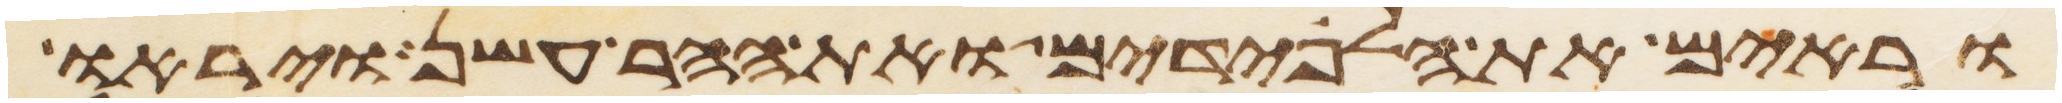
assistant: וראים את הלפידים ואת ההר עשן ויראו